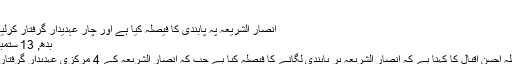
…
انصار الشریعہ پہ پابندی کا فیصلہ کیا ہے اور چار عہدیدار گرفتار کرلیے ہیں، احسن اقبال
بدھ, 13 ستمبر 2017 15:18
اسلام آباد: وزیرداخلہ احسن اقبال کا کہنا ہے کہ انصار الشریعہ پر پابندی لگانے کا فیصلہ کیا ہے جب کہ انصار الشریعہ کے 4 مرکزی عہدیدار گرفتار کر لیے گئے ہیں۔